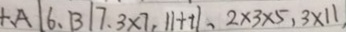
+ . A 1 6 、 B 1 7 、 3 \times 7 . 1 1 + t 1 . 2 \times 3 \times 5 , 3 \times 1 1